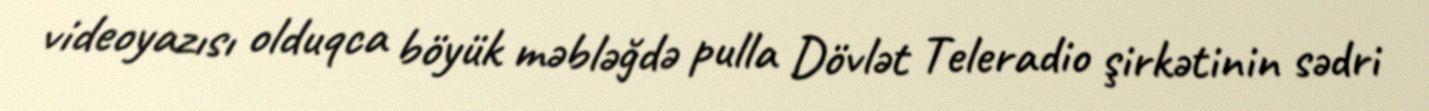
videoyazısı olduqca böyük məbləğdə pulla Dövlət Teleradio şirkətinin sədri